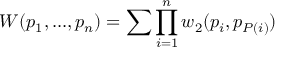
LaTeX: W ( p _ { 1 } , . . . , p _ { n } ) = \sum \prod _ { i = 1 } ^ { n } w _ { 2 } ( p _ { i } , p _ { P ( i ) } )